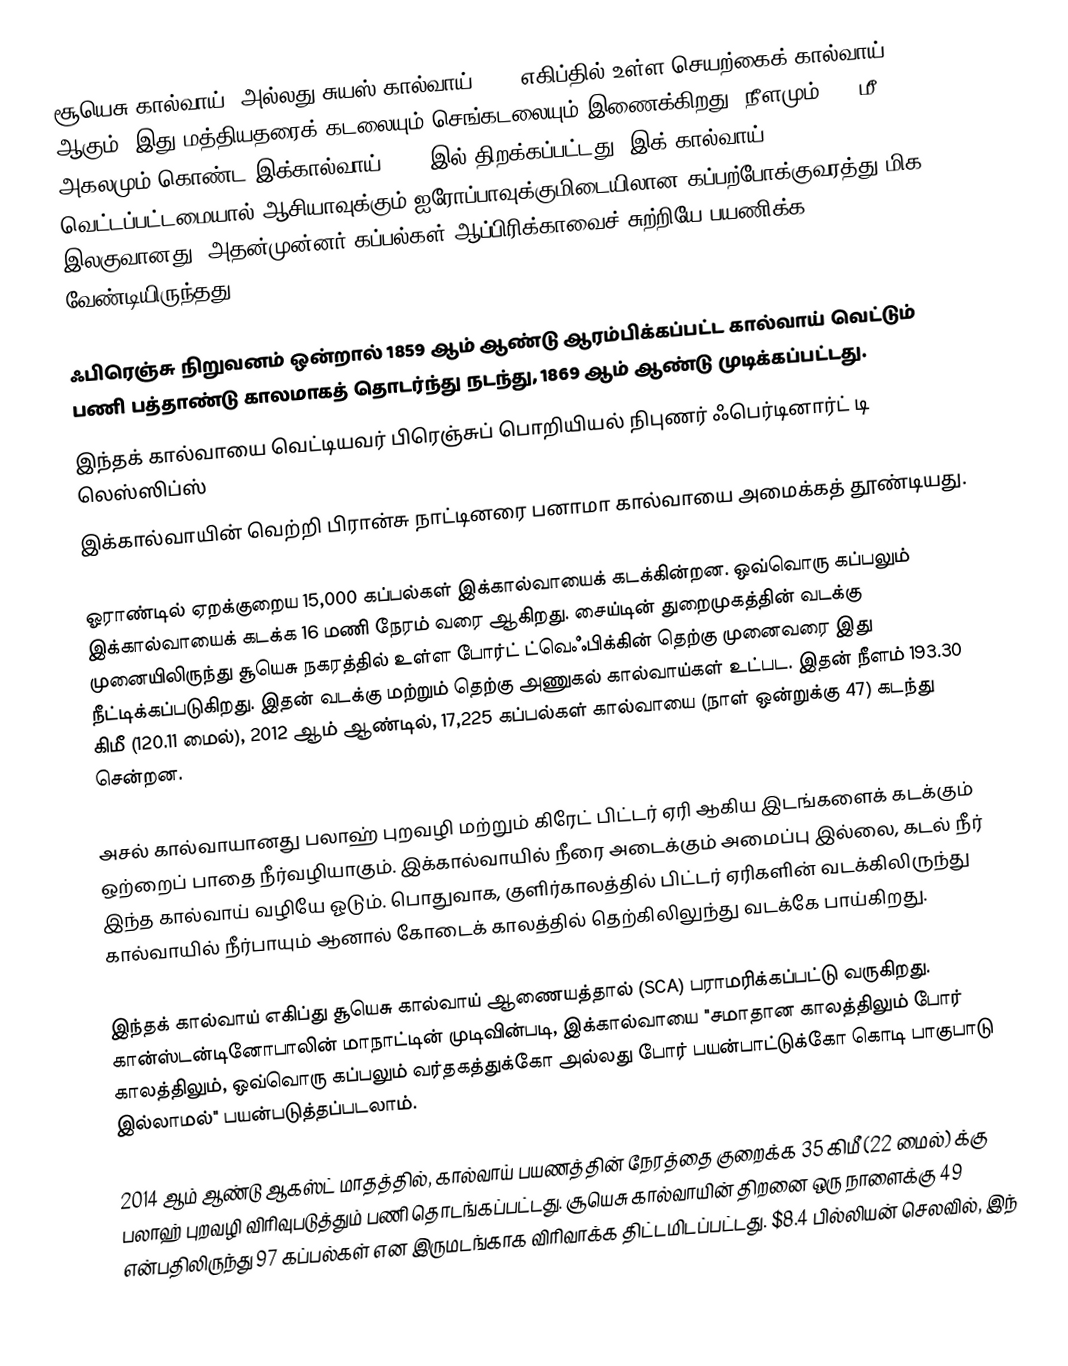
சூயெசு கால்வாய் (அல்லது சுயஸ் கால்வாய்; , ) எகிப்தில் உள்ள செயற்கைக் கால்வாய் ஆகும். இது மத்தியதரைக் கடலையும் செங்கடலையும் இணைக்கிறது.  நீளமும் 300 மீ அகலமும் கொண்ட இக்கால்வாய் 1869 இல் திறக்கப்பட்டது. இக் கால்வாய் வெட்டப்பட்டமையால் ஆசியாவுக்கும் ஐரோப்பாவுக்குமிடையிலான கப்பற்போக்குவரத்து மிக இலகுவானது. அதன்முன்னர் கப்பல்கள் ஆப்பிரிக்காவைச் சுற்றியே பயணிக்க வேண்டியிருந்தது.

ஃபிரெஞ்சு நிறுவனம் ஒன்றால் 1859 ஆம் ஆண்டு ஆரம்பிக்கப்பட்ட கால்வாய் வெட்டும் பணி பத்தாண்டு காலமாகத் தொடர்ந்து நடந்து, 1869 ஆம் ஆண்டு முடிக்கப்பட்டது.
இந்தக் கால்வாயை வெட்டியவர் பிரெஞ்சுப் பொறியியல் நிபுணர் ஃபெர்டினார்ட் டி லெஸ்ஸிப்ஸ்
இக்கால்வாயின் வெற்றி பிரான்சு நாட்டினரை பனாமா கால்வாயை அமைக்கத் தூண்டியது.

ஓராண்டில் ஏறக்குறைய 15,000 கப்பல்கள் இக்கால்வாயைக் கடக்கின்றன. ஒவ்வொரு கப்பலும் இக்கால்வாயைக் கடக்க 16 மணி நேரம் வரை ஆகிறது. சைய்டின் துறைமுகத்தின் வடக்கு முனையிலிருந்து சூயெசு நகரத்தில் உள்ள போர்ட் ட்வெஃபிக்கின் தெற்கு முனைவரை இது நீட்டிக்கப்படுகிறது. இதன் வடக்கு மற்றும் தெற்கு அணுகல் கால்வாய்கள்  உட்பட. இதன் நீளம் 193.30 கிமீ (120.11 மைல்),  2012 ஆம் ஆண்டில், 17,225 கப்பல்கள் கால்வாயை (நாள் ஒன்றுக்கு 47) கடந்து சென்றன.

அசல் கால்வாயானது பலாஹ் புறவழி மற்றும் கிரேட் பிட்டர் ஏரி ஆகிய இடங்களைக் கடக்கும் ஒற்றைப் பாதை நீர்வழியாகும்.  இக்கால்வாயில் நீரை அடைக்கும் அமைப்பு இல்லை, கடல் நீர் இந்த கால்வாய் வழியே ஓடும். பொதுவாக, குளிர்காலத்தில் பிட்டர் ஏரிகளின் வடக்கிலிருந்து கால்வாயில் நீர்பாயும் ஆனால் கோடைக் காலத்தில் தெற்கிலிலுந்து வடக்கே பாய்கிறது.

இந்தக் கால்வாய் எகிப்து சூயெசு கால்வாய் ஆணையத்தால் (SCA) பராமரிக்கப்பட்டு வருகிறது. கான்ஸ்டன்டினோபாலின் மாநாட்டின் முடிவின்படி, இக்கால்வாயை  "சமாதான காலத்திலும் போர் காலத்திலும், ஒவ்வொரு கப்பலும் வர்தகத்துக்கோ அல்லது போர் பயன்பாட்டுக்கோ கொடி பாகுபாடு இல்லாமல்" பயன்படுத்தப்படலாம்.

2014 ஆம் ஆண்டு ஆகஸ்ட் மாதத்தில், கால்வாய் பயணத்தின் நேரத்தை  குறைக்க 35 கிமீ (22 மைல்) க்கு பலாஹ் புறவழி விரிவுபடுத்தும் பணி தொடங்கப்பட்டது. சூயெசு கால்வாயின் திறனை ஒரு நாளைக்கு 49 என்பதிலிருந்து 97 கப்பல்கள் என இருமடங்காக விரிவாக்க திட்டமிடப்பட்டது. $8.4 பில்லியன் செலவில், இந்